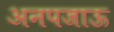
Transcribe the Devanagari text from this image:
अनपजाऊ